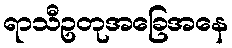
ရာသီဥတုအခြေအနေ